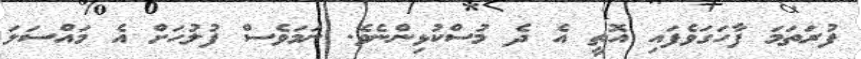
ފުރަތަމަ ފާހަގަވެފައި އޮތީ އެ ދެ މުސްކުޅިންނެވެ. ނަމަވެސް ފުލުހަށް އެ މައްސަލަ